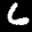
Label: 6